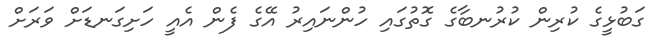
ގަބުޅީގެ ކުރިން ކުރުނބާގެ ގޮތުގައި ހުންނައިރު އޭގެ ފެން އެއީ ހަށިގަނޑަށް ވަރަށް